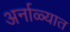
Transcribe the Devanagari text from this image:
अर्नाळ्यात